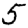
Digit: 5